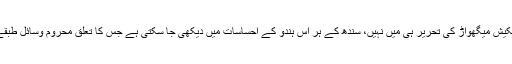
یہ تلخی مکیش میگھواڑ کی تحریر ہی میں نہیں، سندھ کے ہر اس ہندو کے احساسات میں دیکھی جا سکتی ہے جس کا تعلق محروم وسائل طبقے سے ہو۔